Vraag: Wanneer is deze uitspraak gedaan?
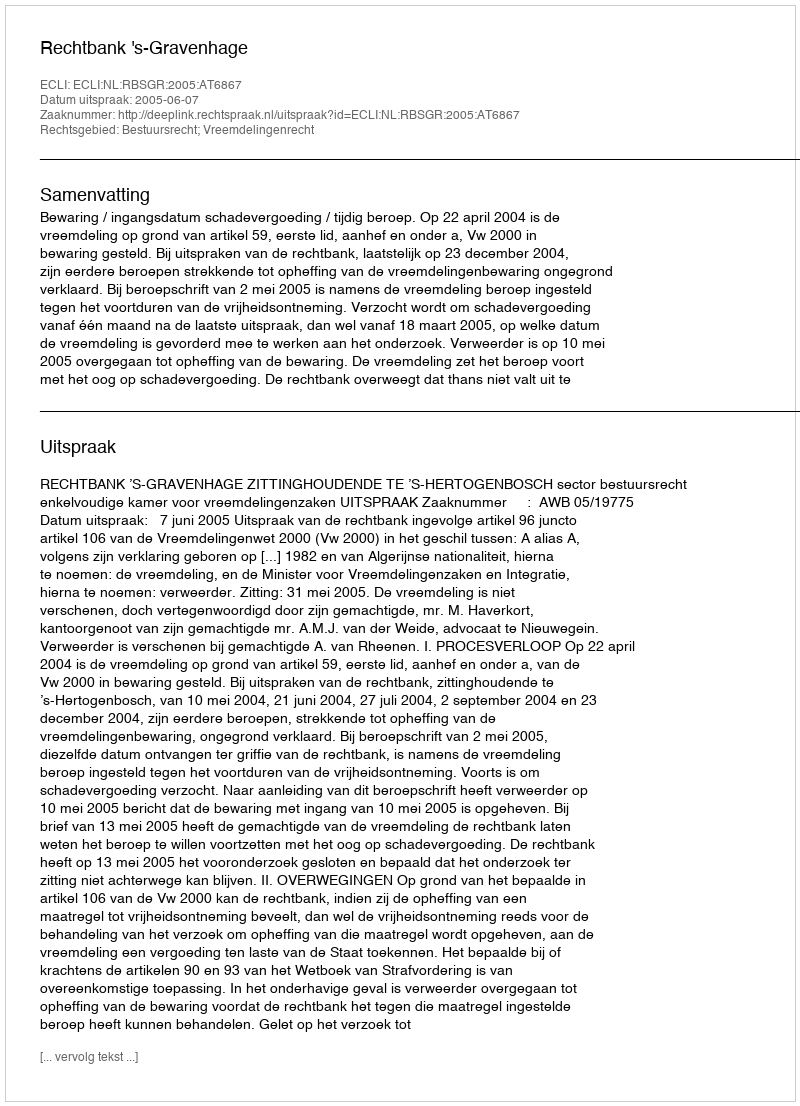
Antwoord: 2005-06-07